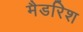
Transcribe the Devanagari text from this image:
मैडरिश